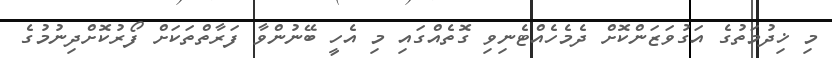
މި ޚިދުމަތުގެ އަގުވަޒަންކޮށް ދެމެހެއްޓެނިވި ގޮތެއްގައި މި އެހީ ބޭނުންވާ ފަރާތްތަކަށް ފޯރުކޮށްދިނުމުގެ